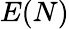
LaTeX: E(N)